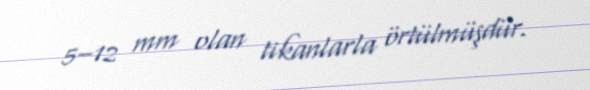
5–12 mm olan tikanlarla örtülmüşdür.